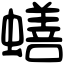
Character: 蟮